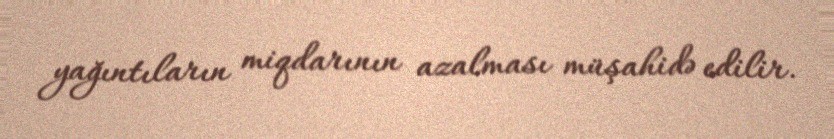
yağıntıların miqdarının azalması müşahidə edilir.